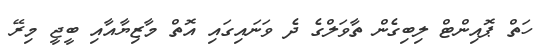
ހަތް ޕޮއިންޓް ލިބިގެން ތާވަލްގެ ދެ ވަނައިގައި އޮތް މާޒިޔާއާއި ބީޖީ މިރޭ